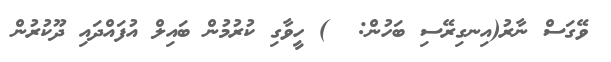
ވޭގަސް ނާރު(އިނގިރޭސި ބަހުން:  ) ހީވާގި ކުރުމުން ބައިލް އުފައްދައި ދޫކުރުން